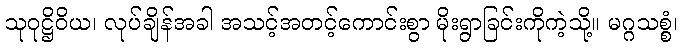
သုဝုဋ္ဌိဝိယ၊ လုပ်ချိန်အခါ အသင့်အတင့်ကောင်းစွာ မိုးရွာခြင်းကိုကဲ့သို့။ မဂ္ဂသစ္စံ၊